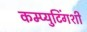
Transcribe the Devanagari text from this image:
कम्प्युटिंगशी